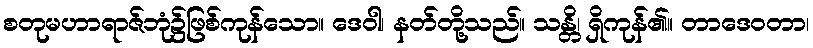
စတုမဟာရာဇ်ဘုံ၌ဖြစ်ကုန်သော။ ဒေဝါ၊ နတ်တို့သည်။ သန္တိ၊ ရှိကုန်၏။ တာဒေဝတာ၊